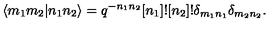
\langle m _ { 1 } m _ { 2 } \vert n _ { 1 } n _ { 2 } \rangle = q ^ { - n _ { 1 } n _ { 2 } } [ n _ { 1 } ] ! [ n _ { 2 } ] ! \delta _ { m _ { 1 } n _ { 1 } } \delta _ { m _ { 2 } n _ { 2 } } .